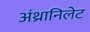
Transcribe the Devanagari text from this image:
अंथ्रानिलेट